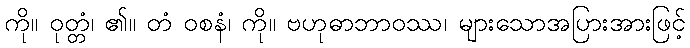
ကို။ ဝုတ္တံ၊ ၏။ တံ ဝစနံ၊ ကို။ ဗဟုဓာဘာဝဿ၊ များသောအပြားအားဖြင့်